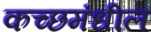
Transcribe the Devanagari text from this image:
कच्छमंधील